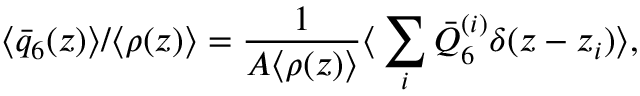
\langle \bar { q } _ { 6 } ( z ) \rangle / \langle \rho ( z ) \rangle = \frac { 1 } { A \langle \rho ( z ) \rangle } \big \langle \sum _ { i } \bar { Q } _ { 6 } ^ { ( i ) } \delta ( z - z _ { i } ) \big \rangle ,